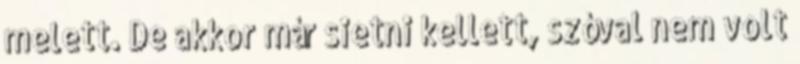
melett. De akkor már sietni kellett, szóval nem volt